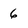
Character: 6